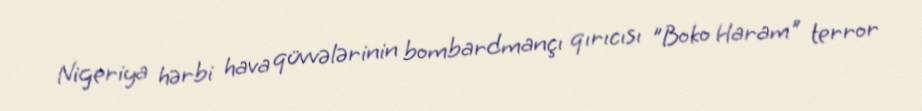
Nigeriya hərbi hava qüvvələrinin bombardmançı qırıcısı "Boko Haram" terror